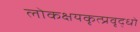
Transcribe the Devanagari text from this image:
लोकक्षयकृत्प्रवृद्धो